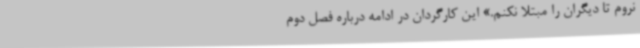
نروم تا دیگران را مبتلا نکنم.» این کارگردان در ادامه درباره فصل دوم